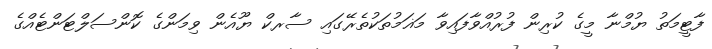
ފާޓީމަތު ޔުމްނާ މީގެ ކުރިން ފުރުއްވާފައިވާ މަޣަމުތަކުތެރޭގައި ސާރކް ޔޫއެން ވިމަންގެ ކޮންސަލްޓަންޓެއްގެ